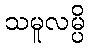
သမူလမ္ပိ